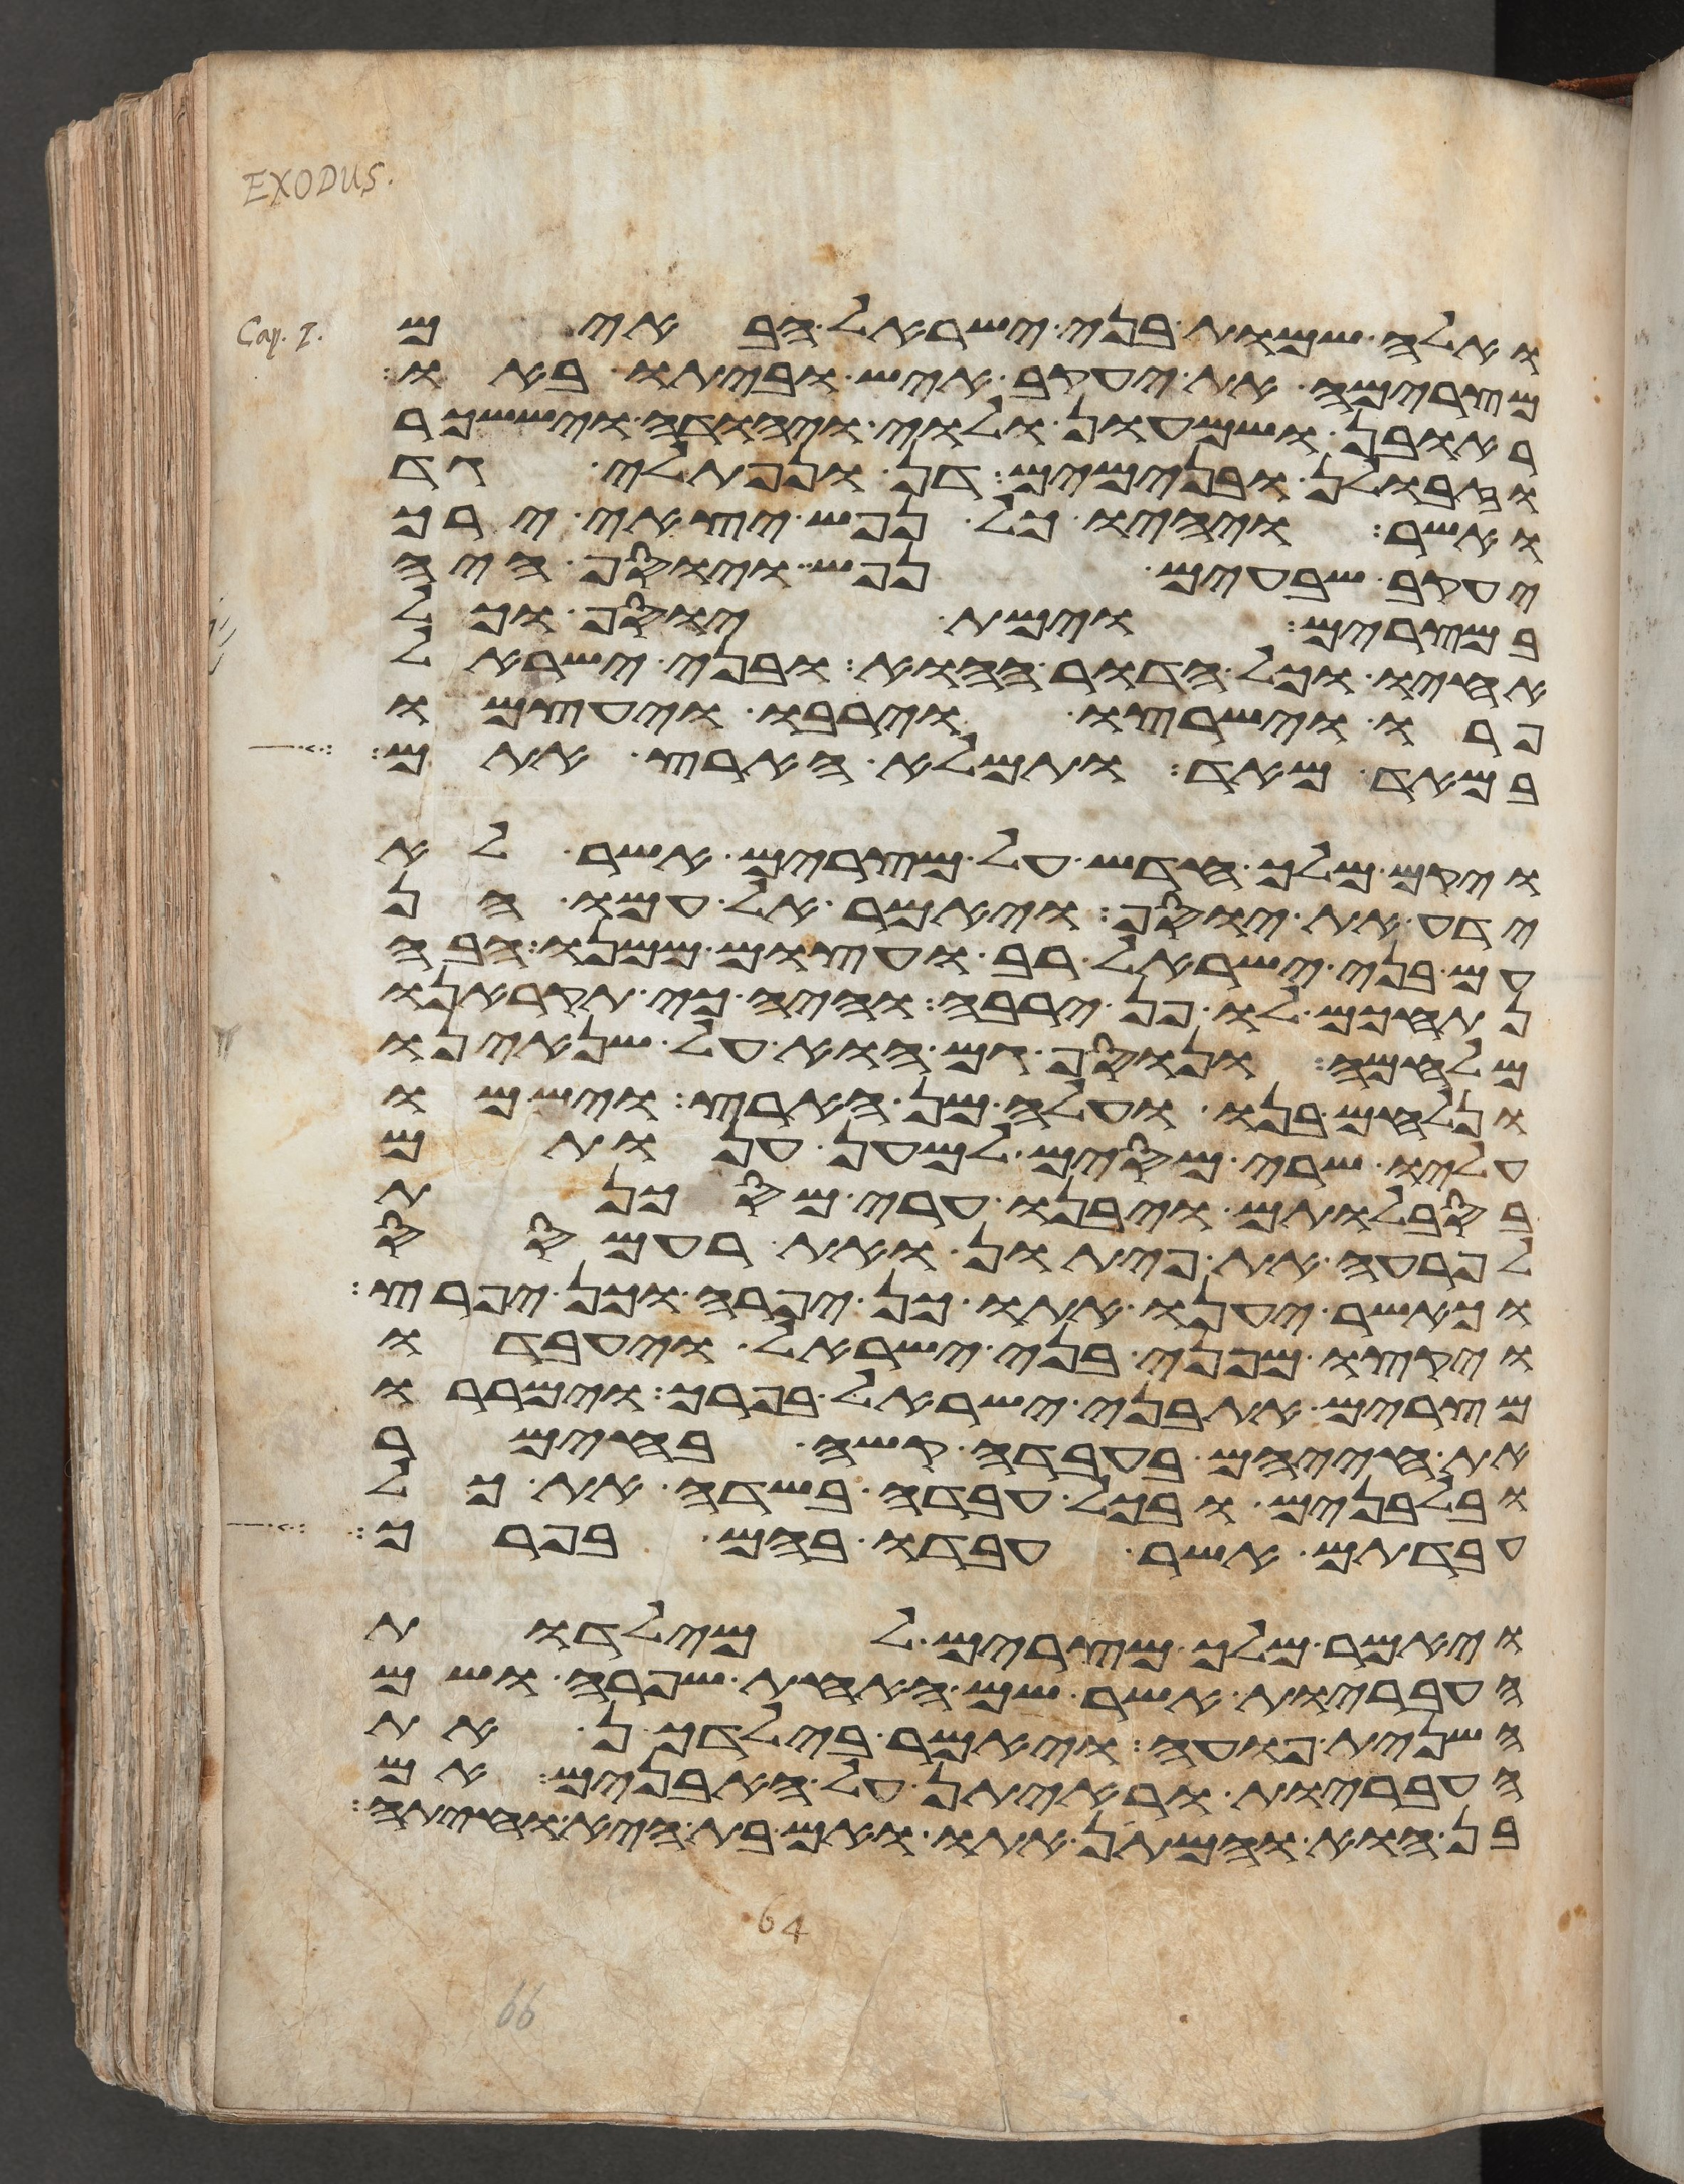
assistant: ואלה שמות בני ישראל הבאים
מצרימה את יעקב איש וביתו באו
ראובן ושמעון ולוי ויהודה ויששכר
וזבולן ובנימים דן ונפתלי גד
ואשר ויהיו כל נפש יצאי ירך
יעקב שבעים נפש ויוסף היה
במצרים וימת יוסף וכל
אחיו וכל הדור ההוא ובני ישראל
פרו וישרצו וירבו ויעצמו
במאד מאד ותמלא הארץ אתם
ויקם מלך חדש על מצרים אשר לא
ידע את יוסף ויאמר אל עמו הן
עם בני ישראל רב ועצום ממנו הבה
נתחכם לו פן ירבה והיה כי תקראנו
מלחמה ונוסף גם הוא על שנאינו
ונלחם בנו ועלה מן הארץ וישמו
עליו שרי מסים למען ענותם
בסבלותם ויבנו ערי מסכנת
לפרעה את פיתון ואת רעמסס
וכאשר יענו אתו כן יפרה וכן יפרץ
ויקצו מפני בני ישראל ויעבדו
מצרים את בני ישראל בפרך וימררו
את חייהם בעבדה קשה בחימר
ובלבנים ובכל עבדה בשדה את כל
עבדתם אשר עבדו בהם בפרך
ויאמר מלך מצרים למילדות
העבריות אשר שם האחת שפרה ושם
השנית פועה ויאמר בילדכן את
העבריות וראיתן על האבנים אם
בן הוא והמתן אתו ואם בת היא וחיתה